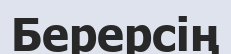
Берерсің